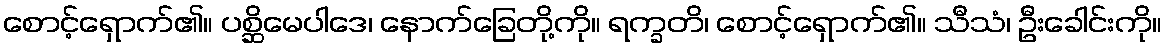
စောင့်ရှောက်၏။ ပစ္ဆိမေပါဒေ၊ နောက်ခြေတို့ကို။ ရက္ခတိ၊ စောင့်ရှောက်၏။ သီသံ၊ ဦးခေါင်းကို။